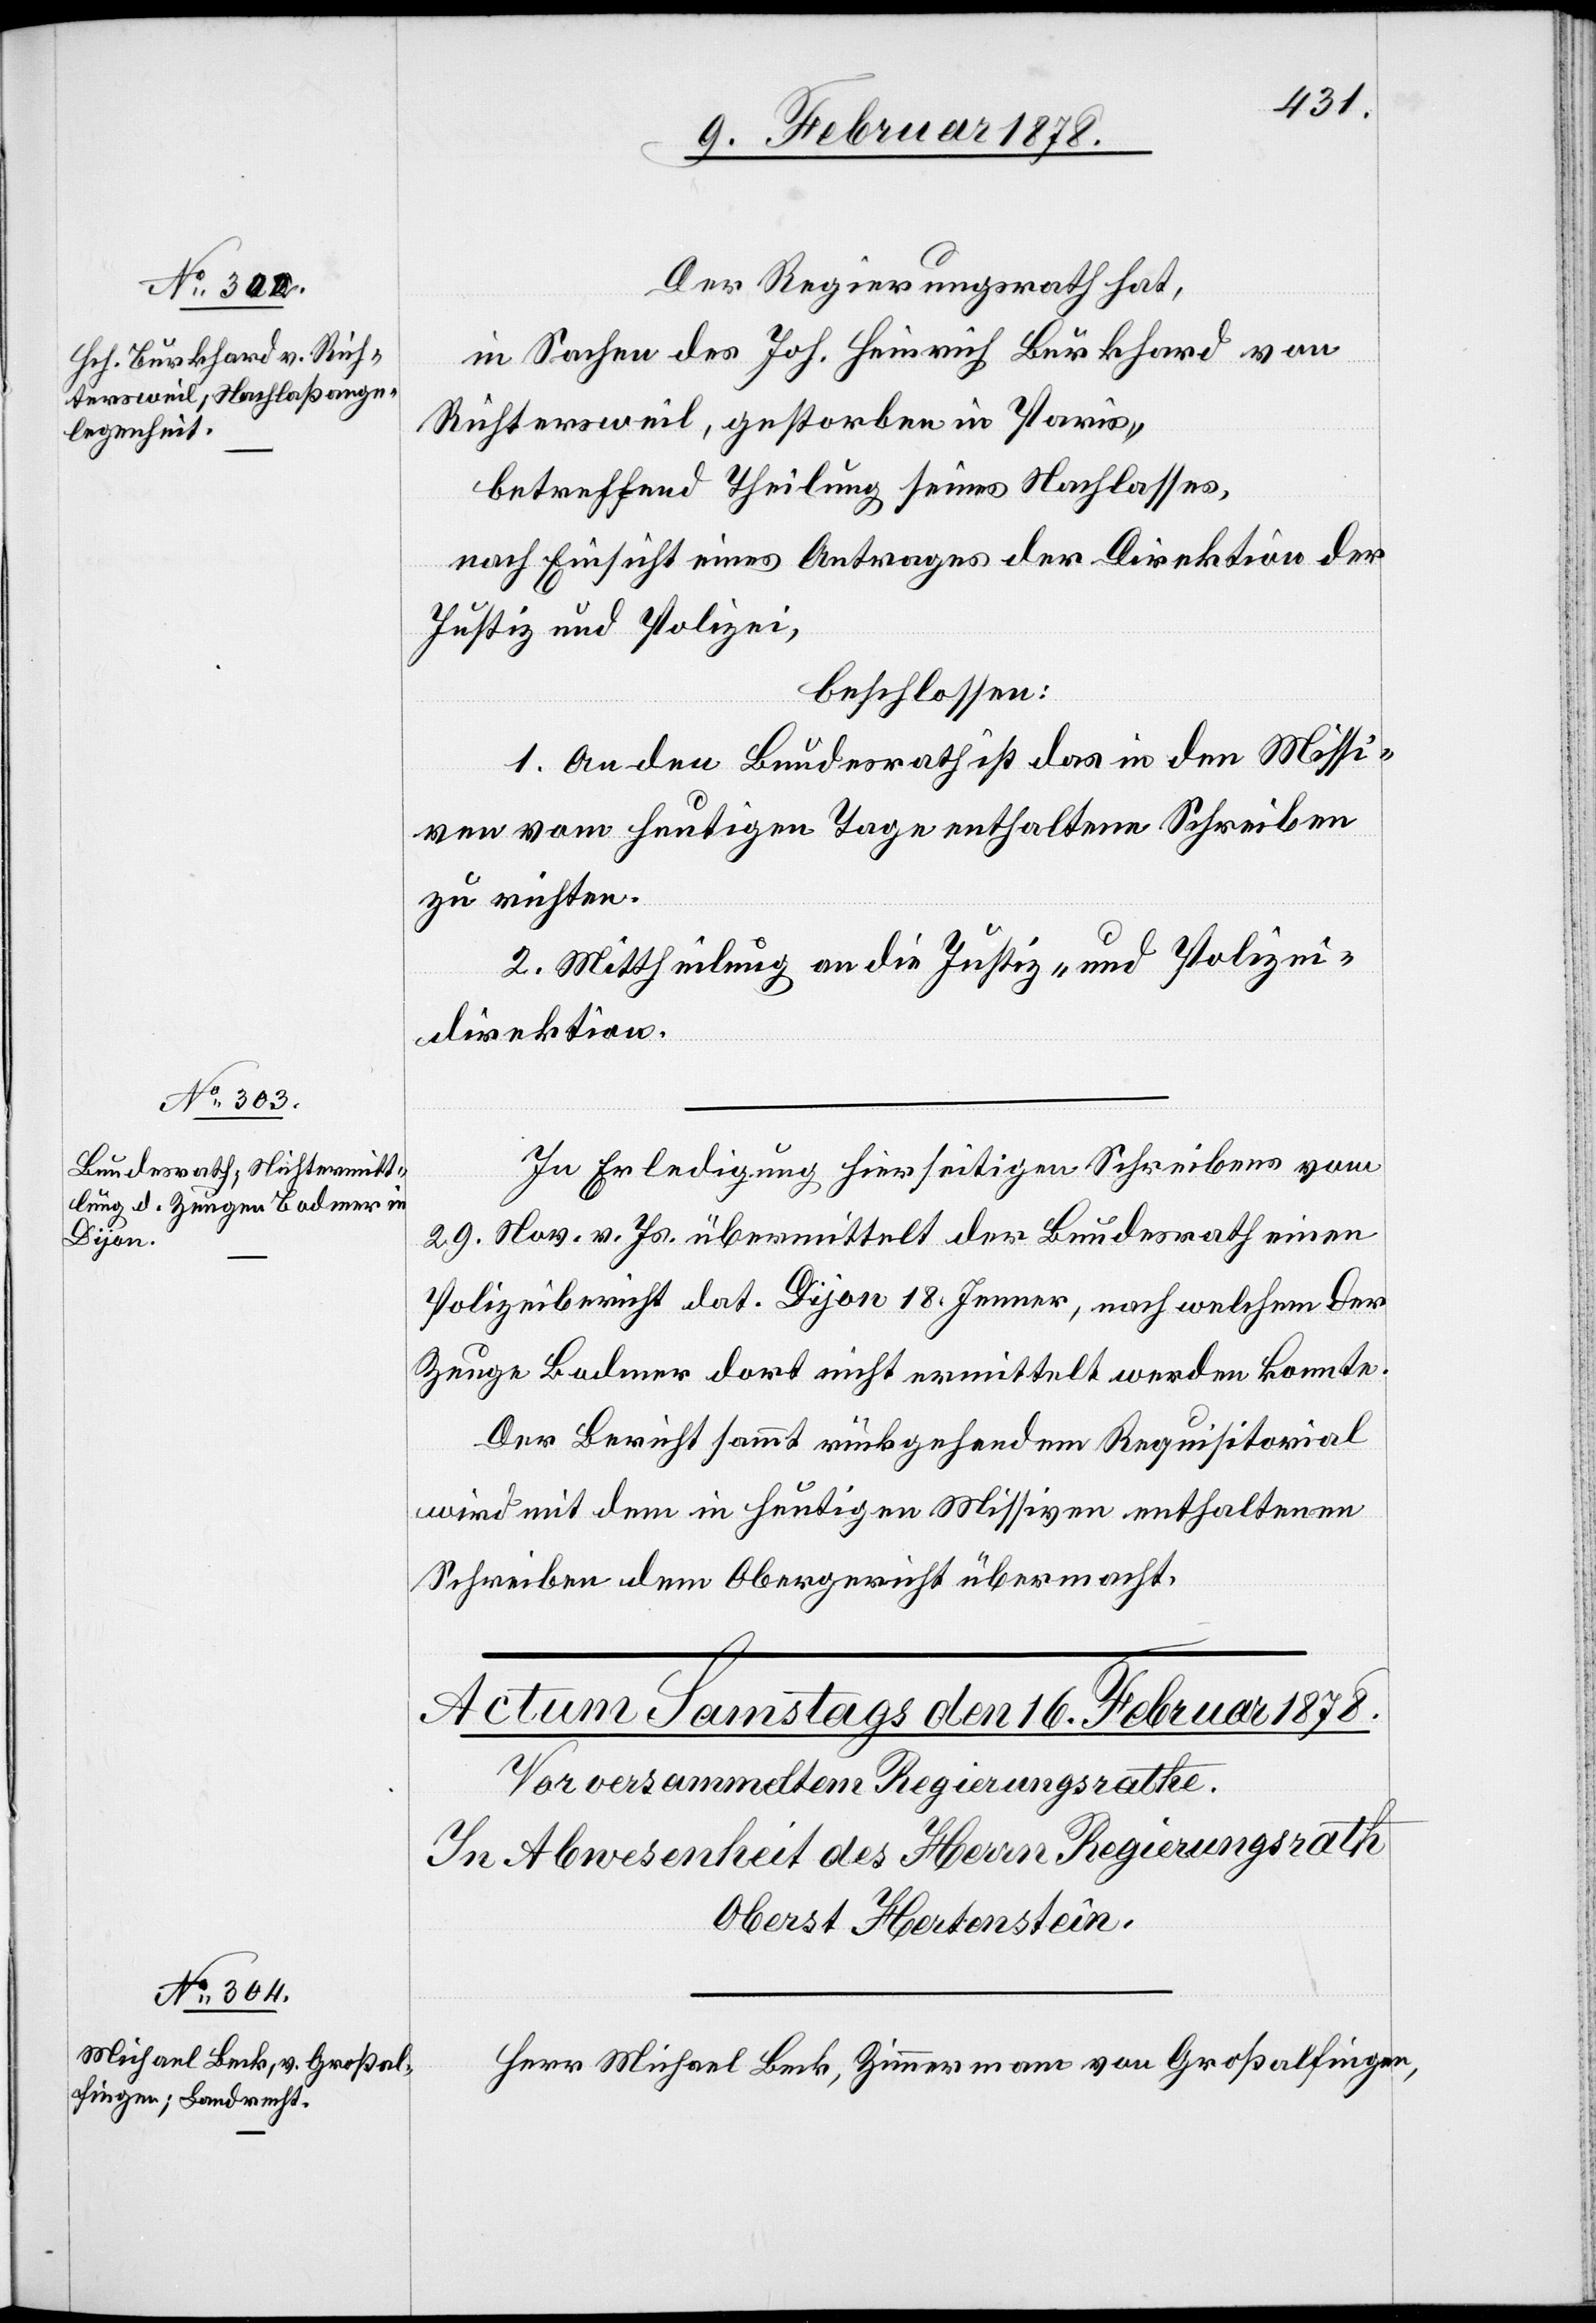
15. Februar 1878.]
Der Regierungsrath hat,
in Sachen des Joh. Heinrich Burkhard von
Richtersweil, gestorben in Paris,
betreffend Theilung seines Nachlasses,
nach Einsicht eines Antrages der Direktion der
Justiz und Polizei,
beschlossen:
1. An den Bundesrath ist das in den Missi¬
ven vom heutigen Tage enthaltene Schreiben
zu richten.
2. Mittheilung an die Justiz- und Polizei¬
direktion.
In Erledigung hierseitigen Schreibens vom
29. Nov. v. Js. übermittelt der Bundesrath einen
Polizeibericht dat. Dijon 18. Jenner, nach welchem der
Zeuge Bodmer dort nicht ermittelt werden konnte.
Der Bericht sammt rückgehendem Requisitorial
wird mit dem in heutigen Missiven enthaltenen
Schreiben dem Obergericht übermacht.
Herr Michael Beck, Zimmermann von Großalfingen,